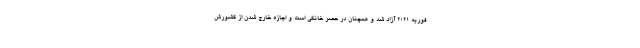
فوریه ۲۰۲۱ آزاد شد و همچنان در حصر خانگی است و اجازه خارج شدن از کشورش